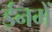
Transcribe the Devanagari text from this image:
ईनमें